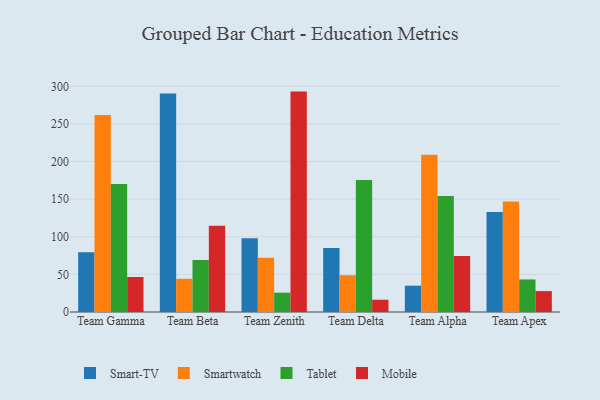
{"axis": {"x": "Team", "y": "Temperature (°C)"}, "legend": ["Mobile", "Smart-TV", "Smartwatch", "Tablet"], "data": [{"x": "Team Gamma", "y": 79.5, "type": "Smart-TV"}, {"x": "Team Gamma", "y": 262.0, "type": "Smartwatch"}, {"x": "Team Gamma", "y": 170.1, "type": "Tablet"}, {"x": "Team Gamma", "y": 46.5, "type": "Mobile"}, {"x": "Team Beta", "y": 290.5, "type": "Smart-TV"}, {"x": "Team Beta", "y": 44.2, "type": "Smartwatch"}, {"x": "Team Beta", "y": 69.0, "type": "Tablet"}, {"x": "Team Beta", "y": 114.5, "type": "Mobile"}, {"x": "Team Zenith", "y": 98.1, "type": "Smart-TV"}, {"x": "Team Zenith", "y": 72.1, "type": "Smartwatch"}, {"x": "Team Zenith", "y": 25.7, "type": "Tablet"}, {"x": "Team Zenith", "y": 293.0, "type": "Mobile"}, {"x": "Team Delta", "y": 85.2, "type": "Smart-TV"}, {"x": "Team Delta", "y": 48.9, "type": "Smartwatch"}, {"x": "Team Delta", "y": 175.6, "type": "Tablet"}, {"x": "Team Delta", "y": 16.3, "type": "Mobile"}, {"x": "Team Alpha", "y": 35.0, "type": "Smart-TV"}, {"x": "Team Alpha", "y": 209.0, "type": "Smartwatch"}, {"x": "Team Alpha", "y": 154.2, "type": "Tablet"}, {"x": "Team Alpha", "y": 74.5, "type": "Mobile"}, {"x": "Team Apex", "y": 133.1, "type": "Smart-TV"}, {"x": "Team Apex", "y": 146.8, "type": "Smartwatch"}, {"x": "Team Apex", "y": 43.3, "type": "Tablet"}, {"x": "Team Apex", "y": 27.8, "type": "Mobile"}]}